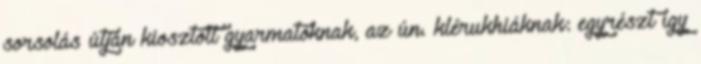
sorsolás útján kiosztott gyarmatoknak, az ún. klérukhiáknak: egyrészt így